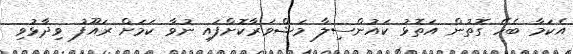
އެކަމާ ބެހޭ ގޮތުން އަތޮޅު ކައުންސިލާ މަޝްވަރާކޮށްފައި ނުވާ ކަމަށް ރައޫފު ވިދާޅުވި